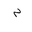
Letter: _mim